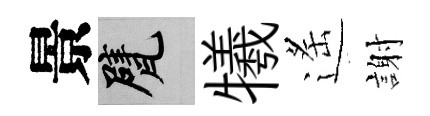
景甓犧遙謝